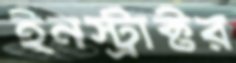
ইনস্ট্রাক্টর